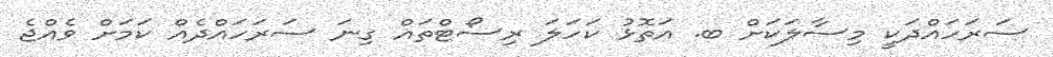
ސަރަހައްދަކީ މިސާލަކަށް ބ. އަތޮޅު ކަހަލަ ރިސޯޓްތައް ގިނަ ސަރަހައްދެއް ކަމަށް ވެއްޖެ